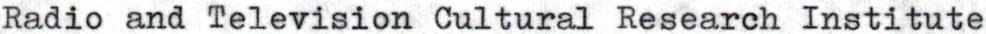
Radio and Television Cultural Research Institute